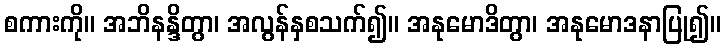
စကားကို။ အဘိနန္ဒိတွာ၊ အလွန်နှစသက်၍။ အနုမောဒိတွာ၊ အနုမောဒနာပြု၍။